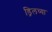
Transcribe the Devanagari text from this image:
ड्रिलच्या